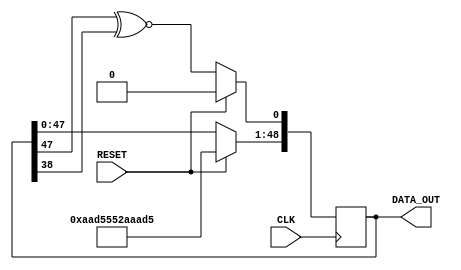
module LFSR_49Bit #
(
    parameter INIT_VALUE = 49'h1_55AA_AA55_55AA
)
(
    input CLK,
    input RESET,
    output [48:0] DATA_OUT
);
reg [48:0] DATA_OUT;
always@(posedge CLK)
begin
    if(RESET)
    begin
        DATA_OUT = INIT_VALUE;
    end
    else
    begin
        DATA_OUT[48:1] = DATA_OUT[47:0];
        DATA_OUT[0] = DATA_OUT[48]^~DATA_OUT[39];
    end
end
endmodule